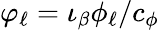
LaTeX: \varphi_{\ell}=\iota_{\beta}\phi_{\ell}/c_{\phi}